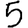
Digit: 5